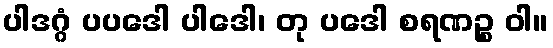
ပါဒဂ္ဂံ ပပဒေါ ပါဒေါ၊ တု ပဒေါ စရဏဉ္စ ဝါ။